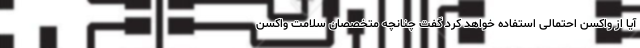
آیا از واکسن احتمالی استفاده خواهد کرد گفت چنانچه متخصصان سلامت واکسن